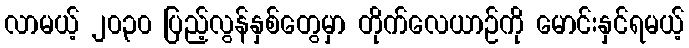
လာမယ့် ၂၀၃၀ ပြည့်လွန်နှစ်တွေမှာ တိုက်လေယာဉ်ကို မောင်းနှင်ရမယ့်